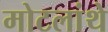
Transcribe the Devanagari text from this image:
मोटलांथे